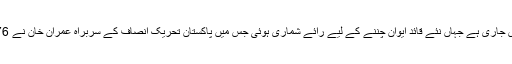
وزیراعظم کے انتخاب کے لیے قومی اسمبلی کا اجلاس جاری ہے جہاں نئے قائد ایوان چننے کے لیے رائے شماری ہوئی جس میں پاکستان تحریک انصاف کے سربراہ عمران خان نے 176 ووٹ لیے جب کہ شہباز شریف کو 96 ووٹ ملے۔